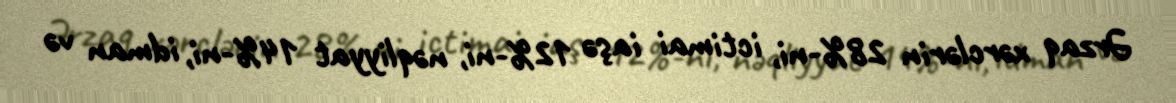
Ərzaq xərclərin 28%-ni, ictimai iaşə 12%-ni, nəqliyyat 14%-ni, idman və